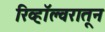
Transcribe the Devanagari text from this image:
रिव्हॉल्वरातून